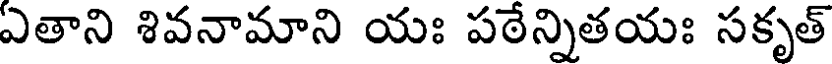
ఏతాని శివనామాని యః పఠేన్నితయః సకృత్